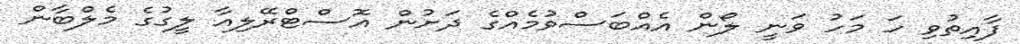
ފާއިތުވި ހަ މަހު ވަނީ ލޯން އެއްބަސްވުމެއްގެ ދަށުން އޮސްޓްރޭލިއާ ލީގުގެ މެލްބާން